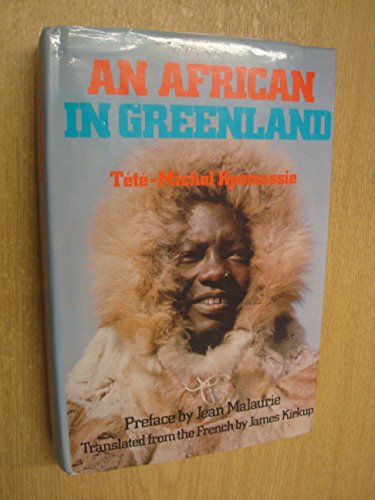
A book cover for An African In Greenland; TETE-MICHEL KPOMASSIE; History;